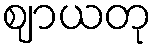
ဈာယတု